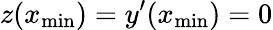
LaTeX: z(x_{\mathrm{min}})=y^{\prime}(x_{\mathrm{min}})=0